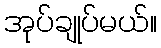
အုပ်ချုပ်မယ်။